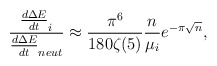
\begin{align*}\frac{ \frac{d\Delta E}{dt}_{i}}{ \frac{d\Delta E}{dt}_{neut}} \approx \frac{\pi^6}{180 \zeta(5)} \frac{n}{\mu_{i}} e^{- \pi \sqrt{n}},\end{align*}